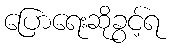
ပြောရေးဆိုခွင့်ရ